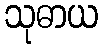
သုဓာယ